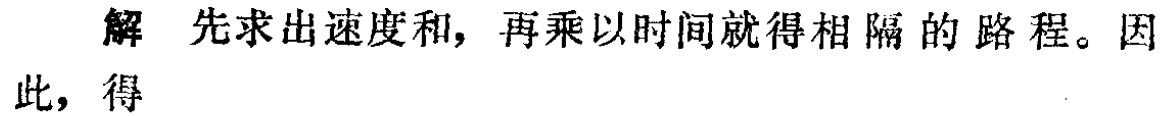
解 先求出速度和, 再乘以时间就得相隔的路程。因此, 得